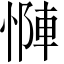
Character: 𫺶